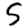
Digit: 5